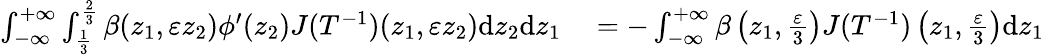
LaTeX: \begin{array}{rl}{\int_{-\infty}^{+\infty}\int_{\frac{1}{3}}^{\frac{2}{3}}\beta(z_{1},\varepsilon z_{2})\phi^{\prime}(z_{2})J(T^{-1})(z_{1},\varepsilon z_{2})\textrm{d}z_{2}\textrm{d}z_{1}}&{{}=-\int_{-\infty}^{+\infty}\beta\left(z_{1},\frac{\varepsilon}{3}\right)J(T^{-1})\left(z_{1},\frac{\varepsilon}{3}\right)\textrm{d}z_{1}}\end{array}